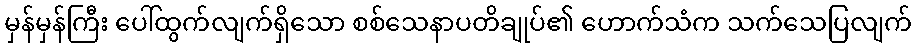
မှန်မှန်ကြီး ပေါ်ထွက်လျက်ရှိသော စစ်သေနာပတိချုပ်၏ ဟောက်သံက သက်သေပြလျက်